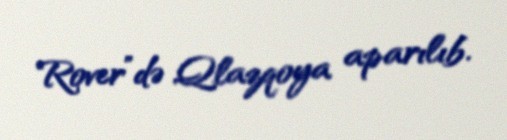
Rover”də Qlazqoya aparılıb.